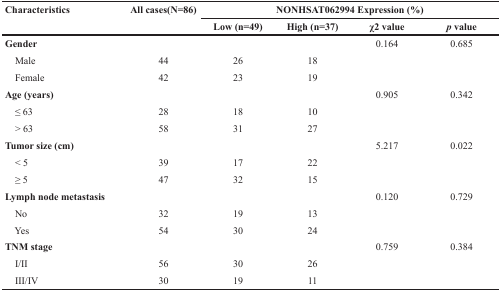
| <ROWSPAN=2> Characteristics | <ROWSPAN=2> All cases(N=86) | <COLSPAN=4> NONHSAT062994 Expression (%) |
 | Low (n=49) | High (n=37) | χ2 value | p value |
 | --- | --- | --- | --- | --- | --- |
 | Gender |  |  |  | 0.164 | 0.685 |
 | Male | 44 | 26 | 18 |  |  |
 | Female | 42 | 23 | 19 |  |  |
 | Age (years) |  |  |  | 0.905 | 0.342 |
 | ≤ 63 | 28 | 18 | 10 |  |  |
 | > 63 | 58 | 31 | 27 |  |  |
 | Tumor size (cm) |  |  |  | 5.217 | 0.022 |
 | < 5 | 39 | 17 | 22 |  |  |
 | ≥ 5 | 47 | 32 | 15 |  |  |
 | Lymph node metastasis |  |  |  | 0.120 | 0.729 |
 | No | 32 | 19 | 13 |  |  |
 | Yes | 54 | 30 | 24 |  |  |
 | TNM stage |  |  |  | 0.759 | 0.384 |
 | I/II | 56 | 30 | 26 |  |  |
 | III/IV | 30 | 19 | 11 |  |  |